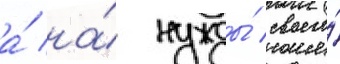
а́ на́ нужды́ своего́